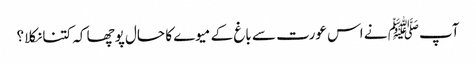
آپﷺ نے اس عورت سے باغ کے میوے کا حال پوچھا کہ کتنا نکلا؟